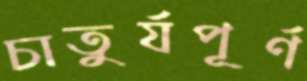
চাতুর্যপূর্ণ